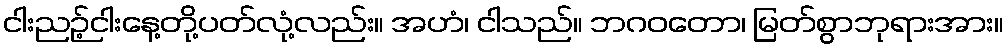
ငါးညဉ့်ငါးနေ့တို့ပတ်လုံ့လည်း။ အဟံ၊ ငါသည်။ ဘဂဝတော၊ မြတ်စွာဘုရားအား။